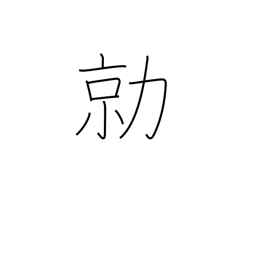
Meaning: fierce